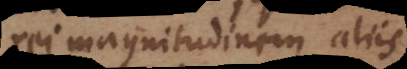
rei magnitudinem aliis